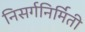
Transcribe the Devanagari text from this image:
निसर्गनिर्मिती